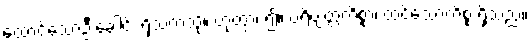
ထောင်သောဦးခေါင်း ရှိသကဲ့သို့။ ဟုတွာ၊ ၍။ ပရိဗျတ္တကိစ္စာ၊ ထင်သောကိစ္စ ရှိသည်။